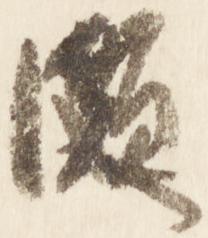
頗